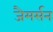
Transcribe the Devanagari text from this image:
जैमर्सन